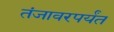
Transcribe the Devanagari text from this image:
तंजावरपर्यंत